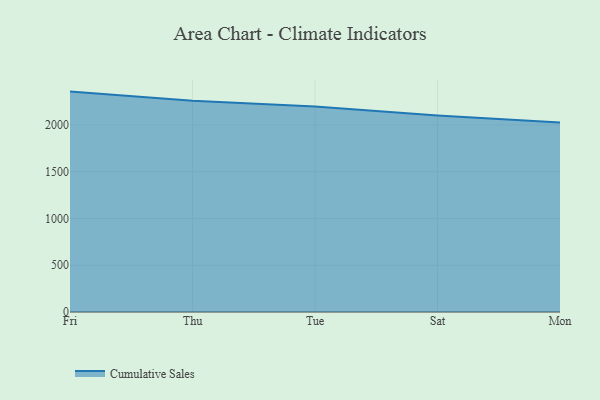
{"axis": {"x": "Day", "y": "Budget (USD K)"}, "legend": ["Cumulative Sales"], "data": [{"x": "Fri", "y": 2357.0, "type": "Cumulative Sales"}, {"x": "Thu", "y": 2258.8, "type": "Cumulative Sales"}, {"x": "Tue", "y": 2198.9, "type": "Cumulative Sales"}, {"x": "Sat", "y": 2100.4, "type": "Cumulative Sales"}, {"x": "Mon", "y": 2026.4, "type": "Cumulative Sales"}]}